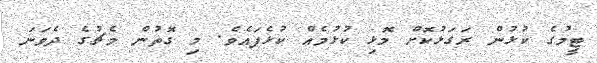
ޓީމުގެ ކުޅުން ރަގަޅުކޮށް މޮޅި ކުޅުމެއް ކުޅެފައެވެ. މި ގޮތުން މެޗުގެ ދެވަނަ